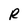
Character: R